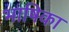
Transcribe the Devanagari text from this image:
भाषिका